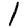
Digit: 1